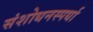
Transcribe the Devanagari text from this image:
संशोधनस्पर्धा